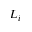
L _ { i }